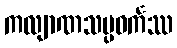
ကလျာဏသမ္ပဝင်္ကဿ